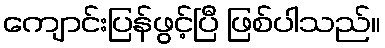
ကျောင်းပြန်ဖွင့်ပြီ ဖြစ်ပါသည်။